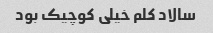
سالاد کلم خیلی کوچیک بود